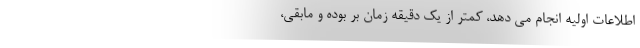
اطلاعات اولیه انجام می دهد، کمتر از یک دقیقه زمان بر بوده و مابقی،